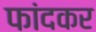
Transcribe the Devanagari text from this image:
फांदकर